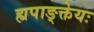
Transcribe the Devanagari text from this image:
ह्यपाङ्क्तेयः